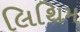
લિથિમ